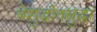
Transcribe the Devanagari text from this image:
बेशुद्धीतसुद्धा